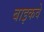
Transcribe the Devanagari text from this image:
बाइकवे